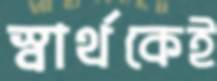
স্বার্থকেই